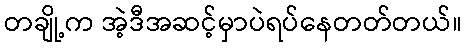
တချို့က အဲ့ဒီအဆင့်မှာပဲရပ်နေတတ်တယ်။